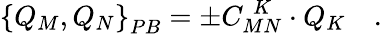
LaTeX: \left\{ Q_{M},Q_{N}\right\} _{PB}=\pm C_{MN}^{\; K}\cdot Q_{K}\quad.